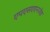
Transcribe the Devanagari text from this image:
एपएसएएनजेड